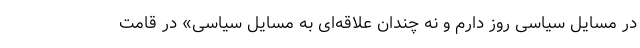
در مسایل سیاسی روز دارم و نه چندان علاقه‌ای به مسایل سیاسی» در قامت